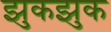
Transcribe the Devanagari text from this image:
झुकझुक